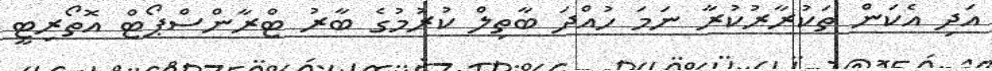
އަދި އެކަން ތަކުރާރުކުރާ ނަމަ ހުއްދަ ބާތިލް ކުރުމުގެ ބާރު ޓްރާންސްޕޯޓް އޮތޯރިޓީ